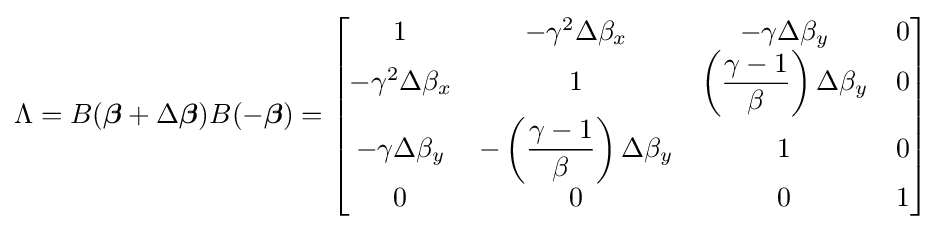
\Lambda =B({\boldsymbol {\beta }}+\Delta {\boldsymbol {\beta }})B(-{\boldsymbol {\beta }})={\begin{bmatrix}1&-\gamma ^{2}\Delta \beta _{x}&-\gamma \Delta \beta _{y}&0\\-\gamma ^{2}\Delta \beta _{x}&1&\left({\dfrac {\gamma -1}{\beta }}\right)\Delta \beta _{y}&0\\-\gamma \Delta \beta _{y}&-\left({\dfrac {\gamma -1}{\beta }}\right)\Delta \beta _{y}&1&0\\0&0&0&1\end{bmatrix}}